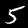
Label: 5